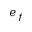
e _ { f }